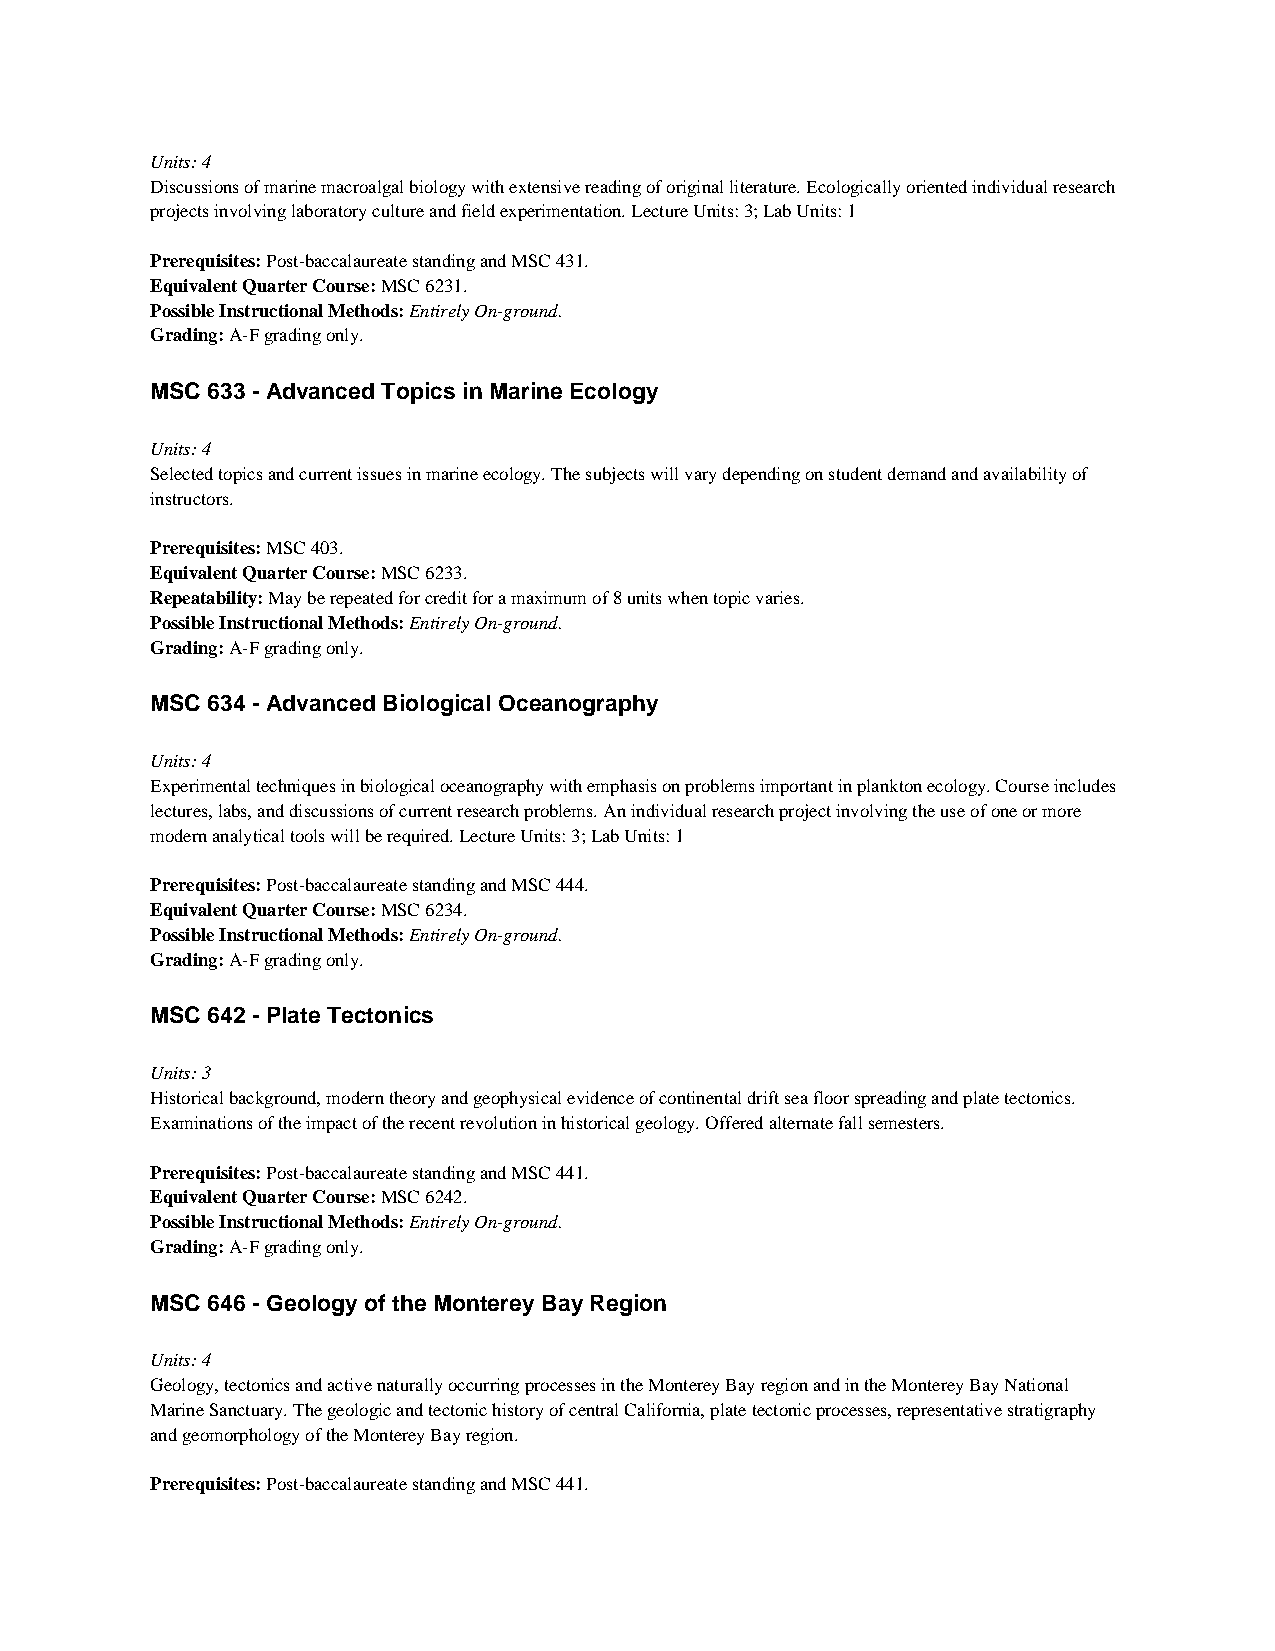
Units: 4
 Discussions of marine macroalgal biology with extensive reading of original literature. Ecologically oriented individual research
 projects involving laboratory culture and field experimentation. Lecture Units: 3; Lab Units: 1
 Prerequisites: Post-baccalaureate standing and MSC 431.
 Equivalent Quarter Course: MSC 6231.
 Possible Instructional Methods: Entirely On-ground.
 Grading: A-F grading only.
 MSC 633 - Advanced Topics in Marine Ecology
 Units: 4
 Selected topics and current issues in marine ecology. The subjects will vary depending on student demand and availability of
 instructors.
 Prerequisites: MSC 403.
 Equivalent Quarter Course: MSC 6233.
 Repeatability: May be repeated for credit for a maximum of 8 units when topic varies.
 Possible Instructional Methods: Entirely On-ground.
 Grading: A-F grading only.
 MSC 634 - Advanced Biological Oceanography
 Units: 4
 Experimental techniques in biological oceanography with emphasis on problems important in plankton ecology. Course includes
 lectures, labs, and discussions of current research problems. An individual research project involving the use of one or more
 modern analytical tools will be required. Lecture Units: 3; Lab Units: 1
 Prerequisites: Post-baccalaureate standing and MSC 444.
 Equivalent Quarter Course: MSC 6234.
 Possible Instructional Methods: Entirely On-ground.
 Grading: A-F grading only.
 MSC 642 - Plate Tectonics
 Units: 3
 Historical background, modern theory and geophysical evidence of continental drift sea floor spreading and plate tectonics.
 Examinations of the impact of the recent revolution in historical geology. Offered alternate fall semesters.
 Prerequisites: Post-baccalaureate standing and MSC 441.
 Equivalent Quarter Course: MSC 6242.
 Possible Instructional Methods: Entirely On-ground.
 Grading: A-F grading only.
 MSC 646 - Geology of the Monterey Bay Region
 Units: 4
 Geology, tectonics and active naturally occurring processes in the Monterey Bay region and in the Monterey Bay National
 Marine Sanctuary. The geologic and tectonic history of central California, plate tectonic processes, representative stratigraphy
 and geomorphology of the Monterey Bay region.
 Prerequisites: Post-baccalaureate standing and MSC 441.